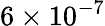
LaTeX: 6\times 10^{-7}